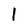
Character: l